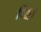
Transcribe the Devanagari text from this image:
बिड्डा